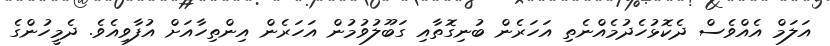
އަލަމް އެއްވެސް ދެކޮޅުހެދުމެއްނެތި އަހަރެން ބުނިގޮތާއި ގަބޫލުވުމުން އަހަރެން އިންތިހާއަށް އުފާވިއެވެ. ދެމީހުންގެ